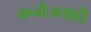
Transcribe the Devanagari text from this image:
कनौजचाही